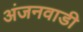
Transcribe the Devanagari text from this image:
अंजनवाडी